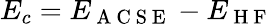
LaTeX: E_{c}=E_{\mathrm{~A~C~S~E~}}-E_{\mathrm{~H~F~}}